画像に写った文字を読んでください
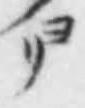
「ヨリ」と書いてあります